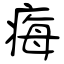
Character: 痗